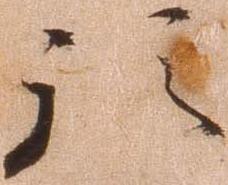
預